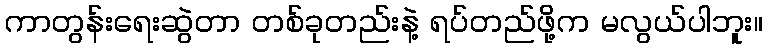
ကာတွန်းရေးဆွဲတာ တစ်ခုတည်းနဲ့ ရပ်တည်ဖို့က မလွယ်ပါဘူး။